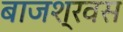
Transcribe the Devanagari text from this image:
बाजश्रवस